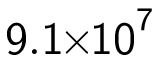
\mathsf { 9 . 1 } \! \! \times \! \! \mathsf { 1 0 } ^ { \mathsf { 7 } }